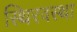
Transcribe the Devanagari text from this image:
स्थिरवस्था